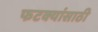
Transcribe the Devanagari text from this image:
फटक्यांसाठी